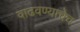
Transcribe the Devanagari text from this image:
वाढवण्याचेच